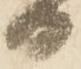
日